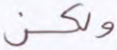
ولكن